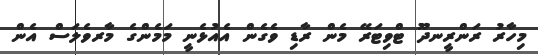
މިހާރު ރަންރީނދޫ ޓްވިޓަރޭ މެން ރާޑި ވެގެން އެއުޅެނީ މަމެންގެ މާރވެލަސް އެން